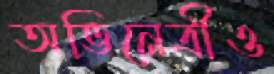
অভিনেত্রীও